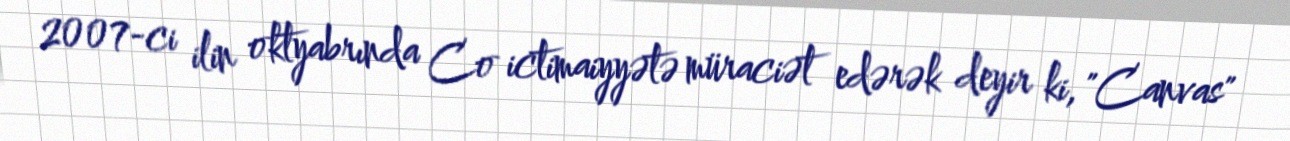
2007-ci ilin oktyabrında Co ictimaiyyətə müraciət edərək deyir ki, "Canvas"